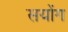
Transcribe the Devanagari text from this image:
सयोंग